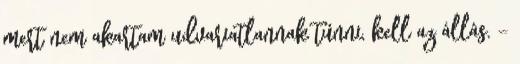
mert nem akartam udvariatlannak tűnni, kell az állás. -